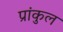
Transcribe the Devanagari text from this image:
प्रांकुल